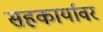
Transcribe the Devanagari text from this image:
सहकार्यावर